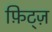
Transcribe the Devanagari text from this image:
फ़िट्ज़